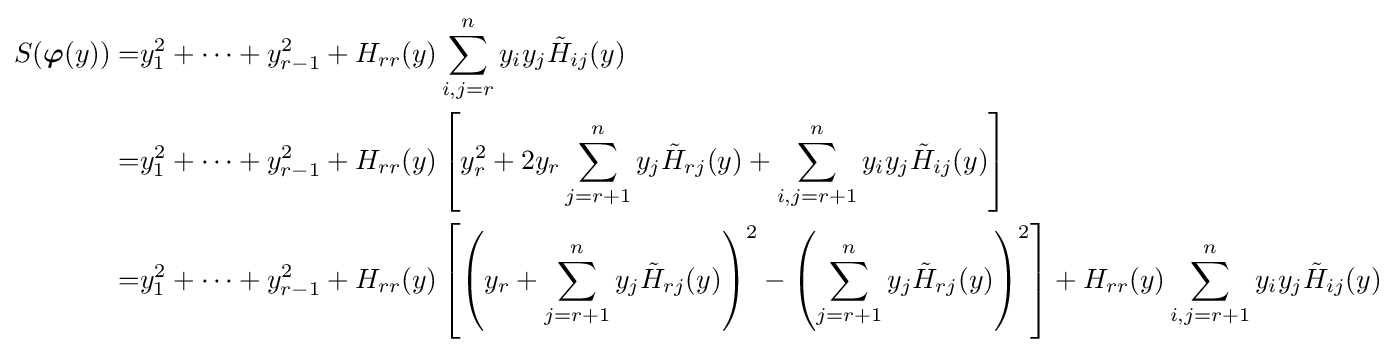
{\begin{aligned}S({\boldsymbol {\varphi }}(y))=&y_{1}^{2}+\cdots +y_{r-1}^{2}+H_{rr}(y)\sum _{i,j=r}^{n}y_{i}y_{j}{\tilde {H}}_{ij}(y)\\=&y_{1}^{2}+\cdots +y_{r-1}^{2}+H_{rr}(y)\left[y_{r}^{2}+2y_{r}\sum _{j=r+1}^{n}y_{j}{\tilde {H}}_{rj}(y)+\sum _{i,j=r+1}^{n}y_{i}y_{j}{\tilde {H}}_{ij}(y)\right]\\=&y_{1}^{2}+\cdots +y_{r-1}^{2}+H_{rr}(y)\left[\left(y_{r}+\sum _{j=r+1}^{n}y_{j}{\tilde {H}}_{rj}(y)\right)^{2}-\left(\sum _{j=r+1}^{n}y_{j}{\tilde {H}}_{rj}(y)\right)^{2}\right]+H_{rr}(y)\sum _{i,j=r+1}^{n}y_{i}y_{j}{\tilde {H}}_{ij}(y)\end{aligned}}